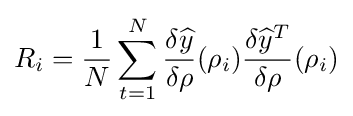
R_{i}={\frac {1}{N}}\sum _{t=1}^{N}{\frac {\delta {\widehat {y}}}{\delta \rho }}(\rho _{i}){\frac {\delta {\widehat {y}}^{T}}{\delta \rho }}(\rho _{i})